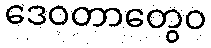
ဒေဝတာတွေဝ